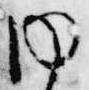
内